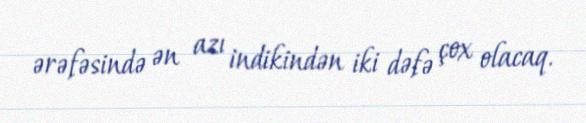
ərəfəsində ən azı indikindən iki dəfə çox olacaq.